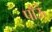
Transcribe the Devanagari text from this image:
पाँऊं